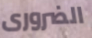
الضرورى